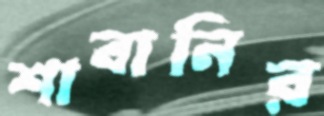
শাবানির